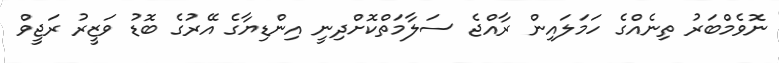
ނޮވެމްބަރު ތިނެއްގެ ހަމަލައިން ރާއްޖެ ސަލާމަތްކޮށްދިނީ އިންޑިޔާގެ އޭރުގެ ބޮޑު ވަޒީރު ރަޖީވް